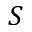
S